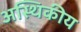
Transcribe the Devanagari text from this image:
अस्थिकीय